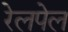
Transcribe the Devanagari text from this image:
रेलपेल